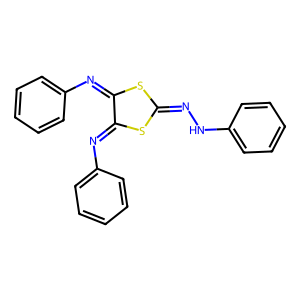
SMILES: c1ccc(N=C2SC(=NNc3ccccc3)SC2=Nc2ccccc2)cc1
Inhibits HIV replication: No